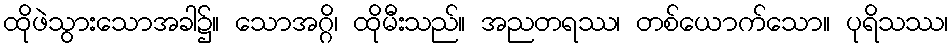
ထိုဖဲသွားသောအခါ၌။ သောအဂ္ဂိ၊ ထိုမီးသည်။ အညတရဿ၊ တစ်ယောက်သော။ ပုရိသဿ၊